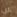
عن